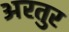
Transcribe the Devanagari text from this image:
अरतुर